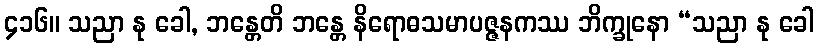
၄၁၆။ သညာ နု ခေါ, ဘန္တေတိ ဘန္တေ နိရောဓသမာပဇ္ဇနကဿ ဘိက္ခုနော “သညာ နု ခေါ